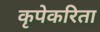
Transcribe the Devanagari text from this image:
कृपेकरिता